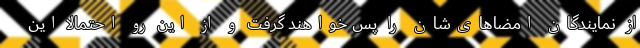
از نمایندگان امضاهای‌شان را پس خواهند گرفت و از این رو احتمالا این